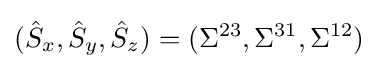
({\hat {S}}_{x},{\hat {S}}_{y},{\hat {S}}_{z})=(\Sigma ^{23},\Sigma ^{31},\Sigma ^{12})